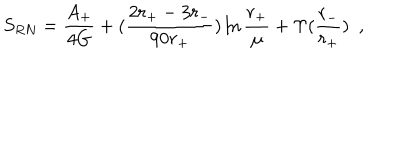
LaTeX: S _ { R N } = { \frac { A _ { + } } { 4 G } } + ( { \frac { 2 r _ { + } - 3 r _ { - } } { 9 0 r _ { + } } } ) \ln { \frac { r _ { + } } { \mu } } + \Upsilon ( { \frac { r _ { - } } { r _ { + } } } ) ~ ~ ,